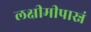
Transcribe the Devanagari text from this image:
लक्षीमीपास्नं